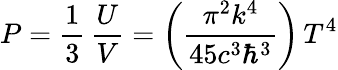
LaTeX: P={\frac{1}{3}}\, {\frac{U}{V}}=\left({\frac{\pi^{2}k^{4}}{45c^{3}\hbar^{3}}}\right)\, T^{4}